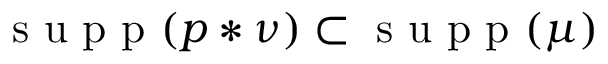
\textrm { s u p p } ( p \ast \nu ) \subset \textrm { s u p p } ( \mu )